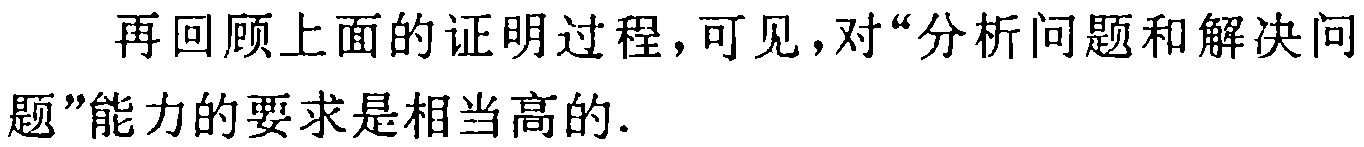
再回顾上面的证明过程，可见，对“分析问题和解决问题”能力的要求是相当高的.